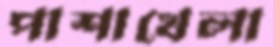
পাশাখেলা